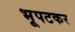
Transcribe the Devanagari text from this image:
भूपटकर